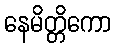
နေမိတ္တိကော